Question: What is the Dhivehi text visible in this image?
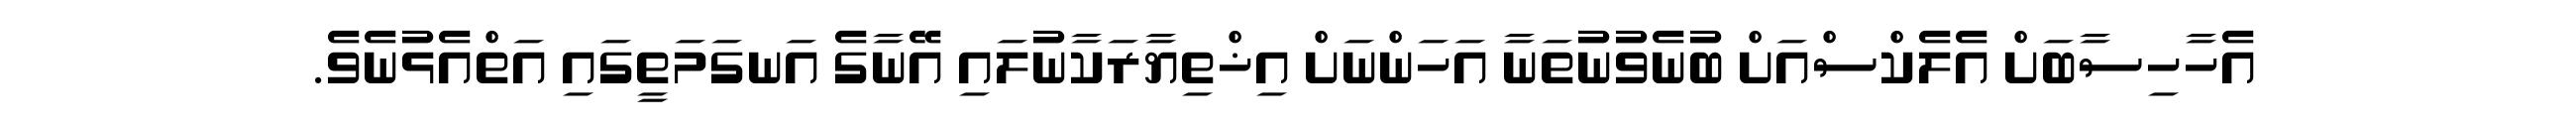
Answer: އެހާހިސާބަށް އެލެކްސްއަށް ބުނެވުނުތަނާ އަހަންނަށް އިޚްތިޔާރަކާނުލައި އޭނާގެ އަނގަމަތީގައި އަތްއެޅުނެވެ.